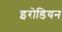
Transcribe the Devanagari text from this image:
इरोडियन